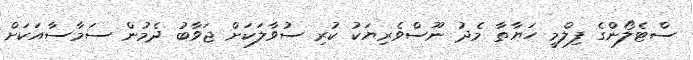
ސްޓެލޯންގެ ފިލްމީ ހަޔާތާ މެދު ނޫސްވެރިޔަކު ކުރި ސުވާލަކަށް ޖަވާބު ދެމުން ސަމާސާއަކަށް